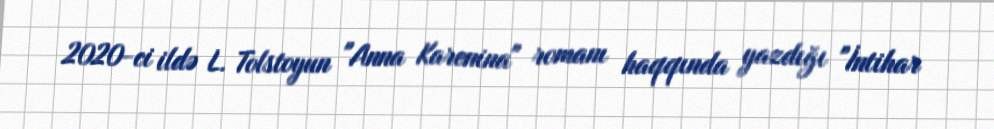
2020-ci ildə L. Tolstoyun "Anna Karenina" romanı haqqında yazdığı "İntihar